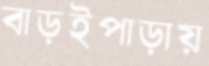
বাড়ইপাড়ায়